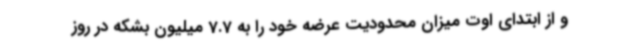
و از ابتدای اوت میزان محدودیت عرضه خود را به 7.7 میلیون بشکه در روز